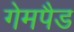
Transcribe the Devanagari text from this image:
गेमपैड